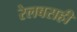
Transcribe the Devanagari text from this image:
रेलबसही